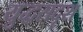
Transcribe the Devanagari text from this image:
युद्धसदृश